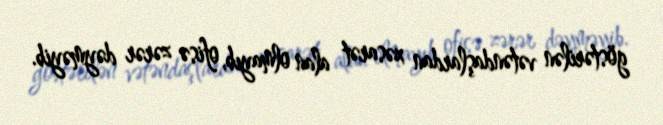
göstərilən vətəndaşlardan xəsarət alan olmayıb, ofisə zərər dəyməyib.